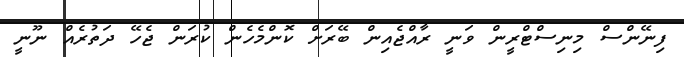
ފިނޭންސް މިނިސްޓްރީން ވަނީ ރާއްޖެއިން ބޭރަށް ކޮންމެހެން ކުރަން ޖެހޭ ދަތުރެއް ނޫނީ